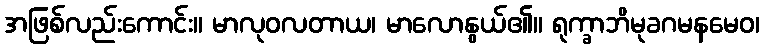
အဖြစ်လည်းကောင်း။ မာလုဝလတာယ၊ မာလောနွယ်၏။ ရုက္ခာဘိမုခဂမနမေဝ၊